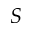
_ S